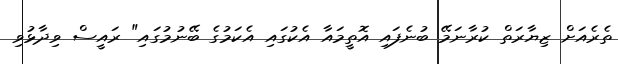
ތެރެއަށް ޒިޔާރަތް ކުރާނަމޭ ބުނެފައި އޮތީމައާ އެކުގައި އެކަމުގެ ބޭނުމުގައި" ރައީސް ވިދާޅުވި